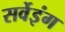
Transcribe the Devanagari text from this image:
सर्वेइंग